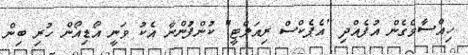
ހިއްސާވެގެން އުފެއްދި "އެޕެކްސް ރިއަލްޓީ" ކުންފުންނާ އެކު ވަނީ އޯޑިއޯން ހުރި ބިން